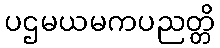
ပဌမယမကပညတ္တိ